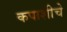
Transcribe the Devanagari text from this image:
कपाशीचे